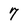
Character: 7